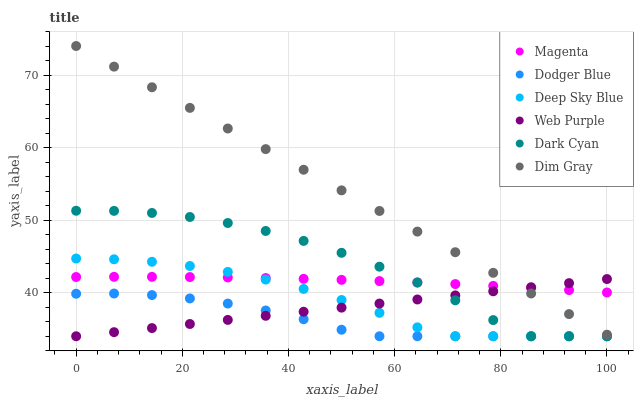
| xaxis_label | Magenta | Dodger Blue | Deep Sky Blue | Web Purple | Dark Cyan | Dim Gray |
 | --- | --- | --- | --- | --- | --- | --- |
 | 0 | 42.2 | 39.9 | 44.7 | 34 | 51.3 | 74 |
 | 7.14 | 42.2 | 39.9 | 44.6 | 34.6 | 51.3 | 71.2 |
 | 14.3 | 42.2 | 39.7 | 44.3 | 35.1 | 51 | 68.3 |
 | 21.4 | 42.2 | 39.2 | 43.7 | 35.7 | 50.4 | 65.5 |
 | 28.6 | 42.1 | 38.5 | 42.9 | 36.3 | 49.6 | 62.6 |
 | 35.7 | 42 | 37.5 | 41.8 | 36.8 | 48.5 | 59.8 |
 | 42.9 | 41.9 | 36.3 | 40.5 | 37.4 | 47.1 | 56.9 |
 | 50 | 41.8 | 34.9 | 39 | 37.9 | 45.5 | 54.1 |
 | 57.1 | 41.6 | 34 | 37.2 | 38.5 | 43.6 | 51.3 |
 | 64.3 | 41.4 | 34 | 35.2 | 39.1 | 41.4 | 48.4 |
 | 71.4 | 41.2 | 34 | 34 | 39.6 | 39 | 45.6 |
 | 78.6 | 40.9 | 34 | 34 | 40.2 | 36.2 | 42.7 |
 | 85.7 | 40.7 | 34 | 34 | 40.8 | 34 | 39.9 |
 | 92.9 | 40.4 | 34 | 34 | 41.3 | 34 | 37.1 |
 | 100 | 40 | 34 | 34 | 41.9 | 34 | 34.2 |